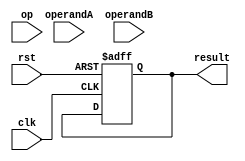
module FloatingPointALU (
    input wire  rst,
    input wire  clk,
    input wire [31:0] operandA,
    input wire [31:0] operandB,
    input wire [2:0]  op,
    output reg [31:0] result
);

// Define IEEE 754 standard format for floating point numbers
parameter EXPONENT_WIDTH = 8;
parameter MANTISSA_WIDTH = 23;

// Separate components for exponent and mantissa calculations
reg [EXPONENT_WIDTH-1:0] exponentA;
reg [EXPONENT_WIDTH-1:0] exponentB;
reg [MANTISSA_WIDTH-1:0] mantissaA;
reg [MANTISSA_WIDTH-1:0] mantissaB;
reg signA, signB;

// Special cases handling
reg isInfinityA, isInfinityB;
reg isNaN;

// Output signals
reg [EXPONENT_WIDTH-1:0] exponentOut;
reg [MANTISSA_WIDTH-1:0] mantissaOut;
reg signOut;

// Separate exponent and mantissa from input operands
assign exponentA = operandA[31:24];
assign mantissaA = operandA[22:0];
assign signA = operandA[31];
assign exponentB = operandB[31:24];
assign mantissaB = operandB[22:0];
assign signB = operandB[31];

// Arithmetic operations
always @ (posedge clk or posedge rst) begin
    if (rst) begin
        result <= 0;
    end else begin
        case (op)
            3'b000: begin  // Addition
                // Perform addition logic here
            end
            3'b001: begin  // Subtraction
                // Perform subtraction logic here
            end
            3'b010: begin  // Multiplication
                // Perform multiplication logic here
            end
            3'b011: begin  // Division
                // Perform division logic here
            end
            default: begin
                // Handle invalid operation
            end
        endcase
    end
end

endmodule